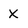
Character: X